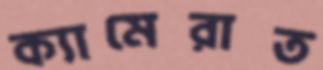
ক্যামেরাত